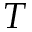
T